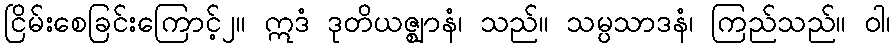
ငြိမ်းစေခြင်းကြောင့်၂။ ဣဒံ ဒုတိယဇ္ဈာနံ၊ သည်။ သမ္ပသာဒနံ၊ ကြည်သည်။ ဝါ၊